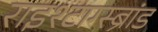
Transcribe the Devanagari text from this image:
राइश्टाग्स्ब्रांड